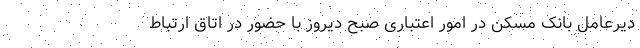
دیرعامل بانک مسکن در امور اعتباری صبح دیروز با حضور در اتاق ارتباط